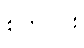
စက်ဝိုင်း